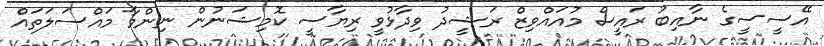
އޭސީސީގެ ނާއިބު ރައީސް މުއައްވިޒް ރަޝީދު ވިދާޅުވީ ރިޔާސީ ކޮމިޝަނުން ނިންމާ މައްސަލަތައް